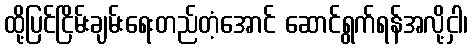
ထို့ပြင်ငြိမ်းချမ်းရေးတည်တံ့အောင် ဆောင်ရွက်ရန်အလို့ငှါ၊